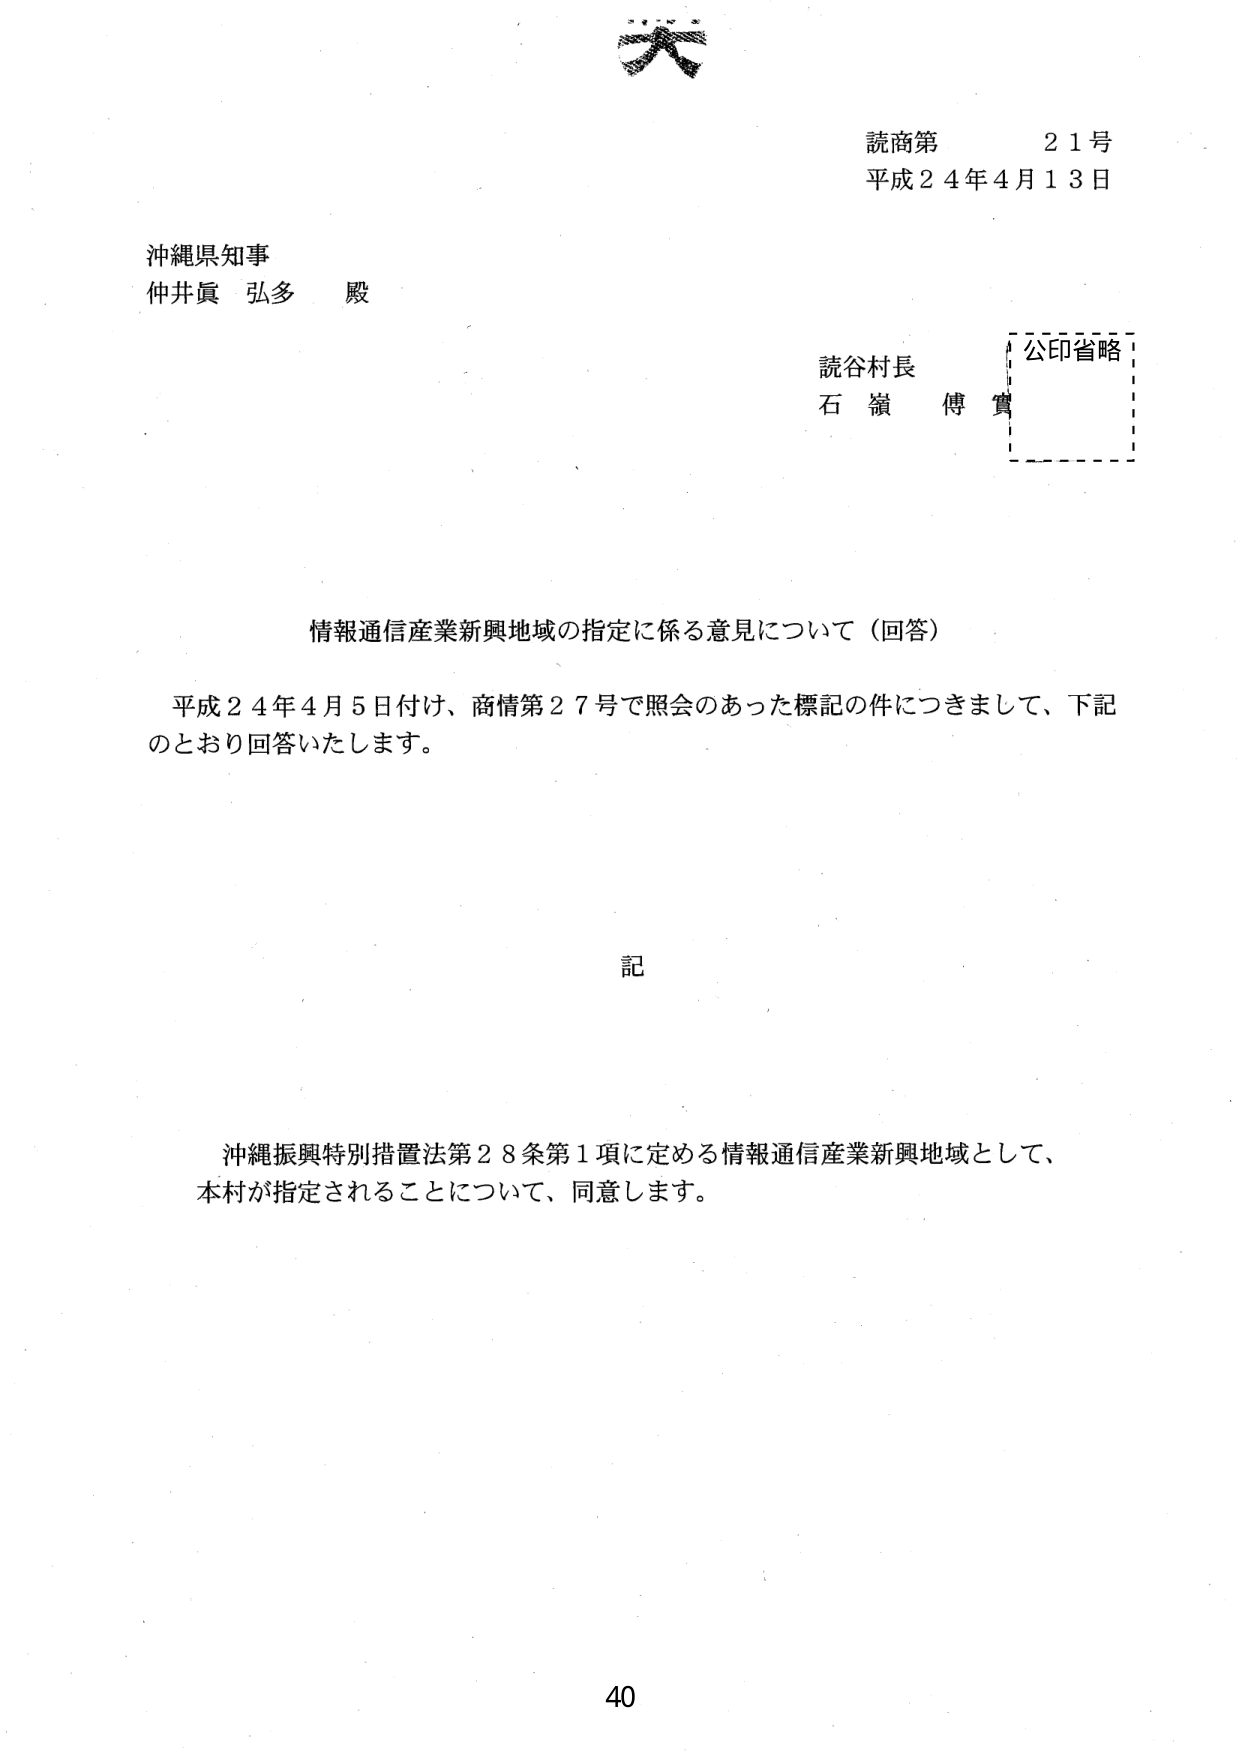
読商第　　21号
平成24年4月13日

沖縄県知事
仲井眞 弘多 殿

読谷村長
石嶺 傅實
公印省略

情報通信産業新興地域の指定に係る意見について（回答）

平成24年4月5日付け、商情第27号で照会のあった標記の件につきまして、下記のとおり回答いたします。

記

沖縄振興特別措置法第28条第1項に定める情報通信産業新興地域として、
本村が指定されることについて、同意します。

40